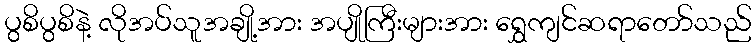
ပွစိပွစိနဲ့ လိုအပ်သူအချို့အား အပျိုကြီးများအား ရွှေကျင်ဆရာတော်သည်